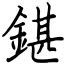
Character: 鍖